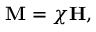
\mathbf { M } = \chi \mathbf { H } ,